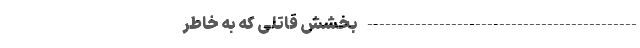
--------------------------------------------- بخشش قاتلی که به خاطر